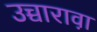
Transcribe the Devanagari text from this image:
उच्चारावा़